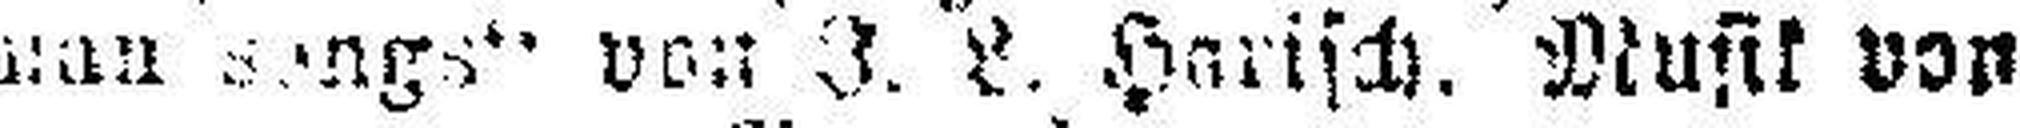
man ###ngs“ von J. ###. Parisch. Musik von